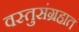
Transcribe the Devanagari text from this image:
वस्तुसंग्रहात